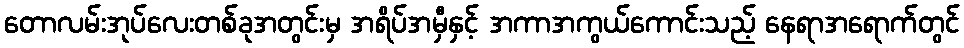
တောလမ်းအုပ်လေးတစ်ခုအတွင်းမှ အရိပ်အမှီနှင့် အကာအကွယ်ကောင်းသည့် နေရာအရောက်တွင်